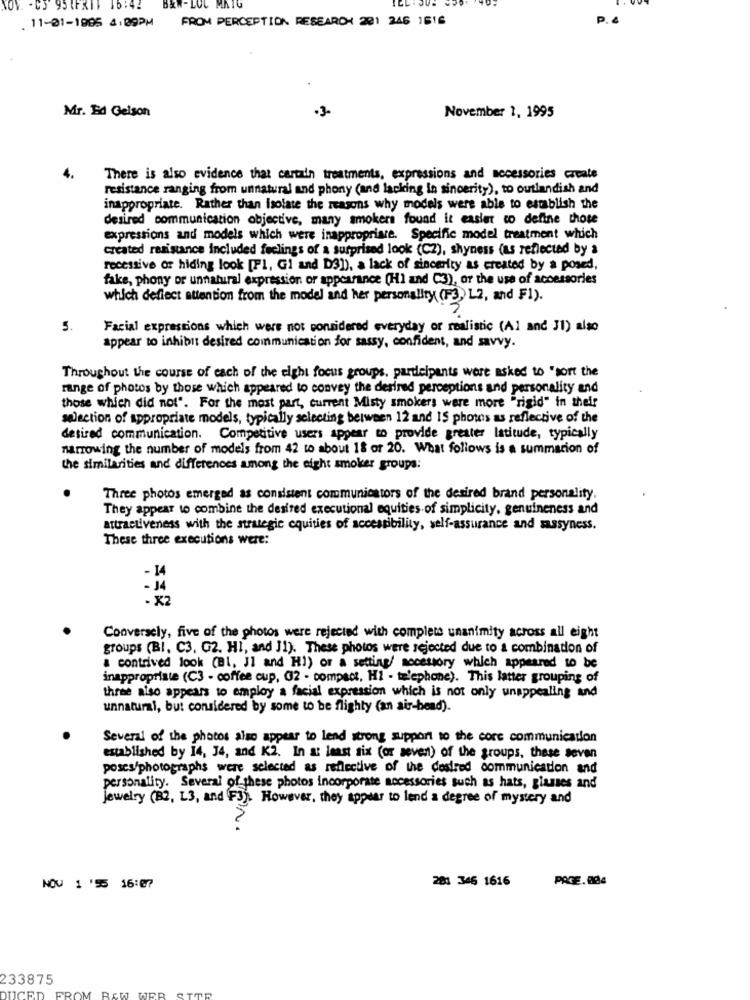
NOV. - C3 95 1FRIT 16:42
BZW-LOL
MATO
FROM PERCEPTION RESEARCH 201 246 1616
. 11-01-1995 4:09PM
Mr. Ed Gelson
·3-
November 1, 1995
4.
There is also evidence that certain treatments, expressions and accessories create
resistance ranging from unnatural and phony (and lacking in sincerity), to outlandish and
inappropriate. Rather than isolate the reasons why models were able to establish the
desired communication objective, many smokers found it easier to define those
expressions and models which were inappropriate. Specific model treatment which
created resistance included feelings of a surprised look (CZ), shyness (as reflected by a
recessive or hiding look [P1, Gi and D3]), a lack of sincerity as created by a posed,
fake, phony or unnatural expression or appearance (H1 and C3), or the use of accessories
which deflect attention from the model and her personality (F3) L2, and Fl).
5.
Facial expressions which were not considered everyday or realistic (Al and J1) also
appear to inhibit desired communication for sassy, confident, and savvy.
Throughout the course of each of the elghi focus groups, participants were asked to "sort the
range of photos by those which appeared to convey the desired perceptions and personality and
those which did not". For the most part, current Misty smokers were more "rigid" in their
selection of appropriate models, typically selecting between 12 and 15 photos as reflective of the
desired communication. Competitive users appear to provide greater latitude, typically
narrowing the number of models from 42 to about 18 or 20. What follows is a summarion of
the similarities and differences among the eight smoker groups:
Three photos emerged as consistent communicators of the desired brand personality.
They appear to combine the desired executional equities of simplicity, genuineness and
attractiveness with the strategic cquities of accessibility, self-assurance and sassyness.
These three executions were:
- 14
- 14
- X2
Conversely, five of the photos were rejected with complete unanimity across all eight
groups (B), C3, G2. HI, and J1). These photos were rejected due to a combination of
a contrived look (Bl, JI and H1) or a setting/ nocestory which appeared to be
inappropriate (C3 - coffee cup, (2 - compact, Hi - telephone). This latter grouping of
three also appears to employ a facial expression which is not only unappealing and
unnatural, but considered by some to be flighty (an air-bead).
Several of the photos also appear to lend strong support to the core communication
established by 14, 34, and K2. In at least six (or seven) of the groups, these seven
poscs/photographs were selected as reflective of the desired communication and
personality. Several of these photos incorporate accessories such as hats, glasses and
Jewelry (B2, L3, and F3). However, they appear to lend a degree of mystery and
201 346 1616
PAGE. 004
NOV 1 '55 16:07
233875
FROM
De
UCED